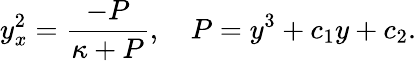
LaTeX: y_{x}^{2}=\frac{-P}{\kappa+P},\quad P=y^{3}+c_{1}y+c_{2}.